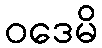
ဝဒေမိ